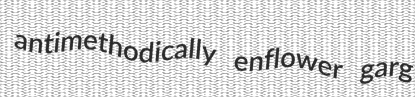
antimethodically enflower garg